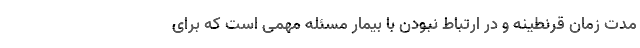
مدت زمان قرنطینه و در ارتباط نبودن با بیمار مسئله مهمی است که برای